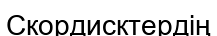
Скордисктердің